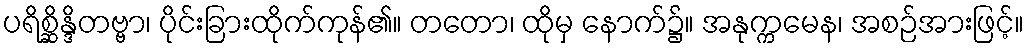
ပရိစ္ဆိန္ဒိတဗ္ဗာ၊ ပိုင်းခြားထိုက်ကုန်၏။ တတော၊ ထိုမှ နောက်၌။ အနုက္ကမေန၊ အစဉ်အားဖြင့်။